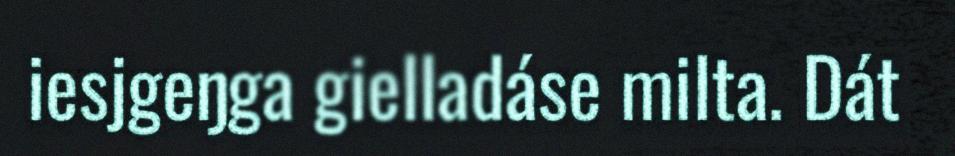
iesjgeŋga gielladáse milta. Dát